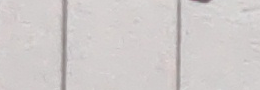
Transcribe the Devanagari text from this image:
तपाईं